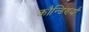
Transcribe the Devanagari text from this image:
कौन्डिण्यौ